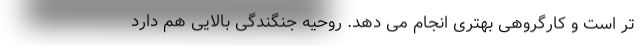
تر است و کارگروهی بهتری انجام می دهد. روحیه جنگندگی بالایی هم دارد